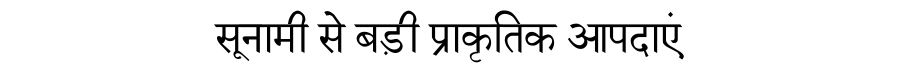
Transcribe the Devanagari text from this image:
सूनामी से बड़ी प्राकृतिक आपदाएं